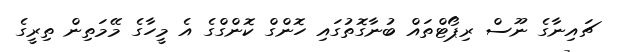
ޗައިނާގެ ނޫސް ރިޕޯޓްތައް ބުނާގޮތުގައި ހޮންގް ކޮންގްގެ އެ މީހާގެ މޭމަތިން ތިރީގެ